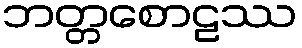
ဘတ္တစောဠဿ